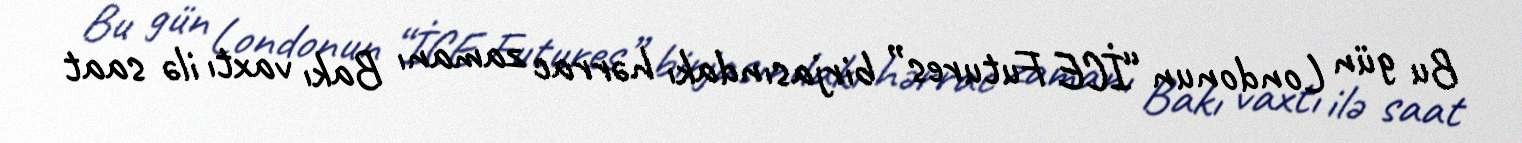
Bu gün Londonun “İCE Futures” birjasındakı hərrac zamanı Bakı vaxtı ilə saat